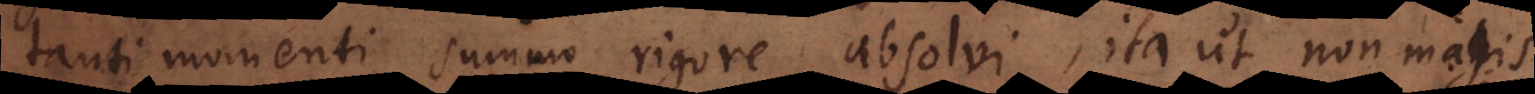
tanti momenti summo rigore absolvi, ita ut non magis